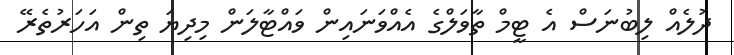
ދުލެއް ލިބުނަސް އެ ޓީމް ތާވަލްގެ އެއްވަނައިން ވައްޓާލަން މިދިޔަ ތިން އަހަރުތެރޭ